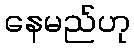
နေမည်ဟု